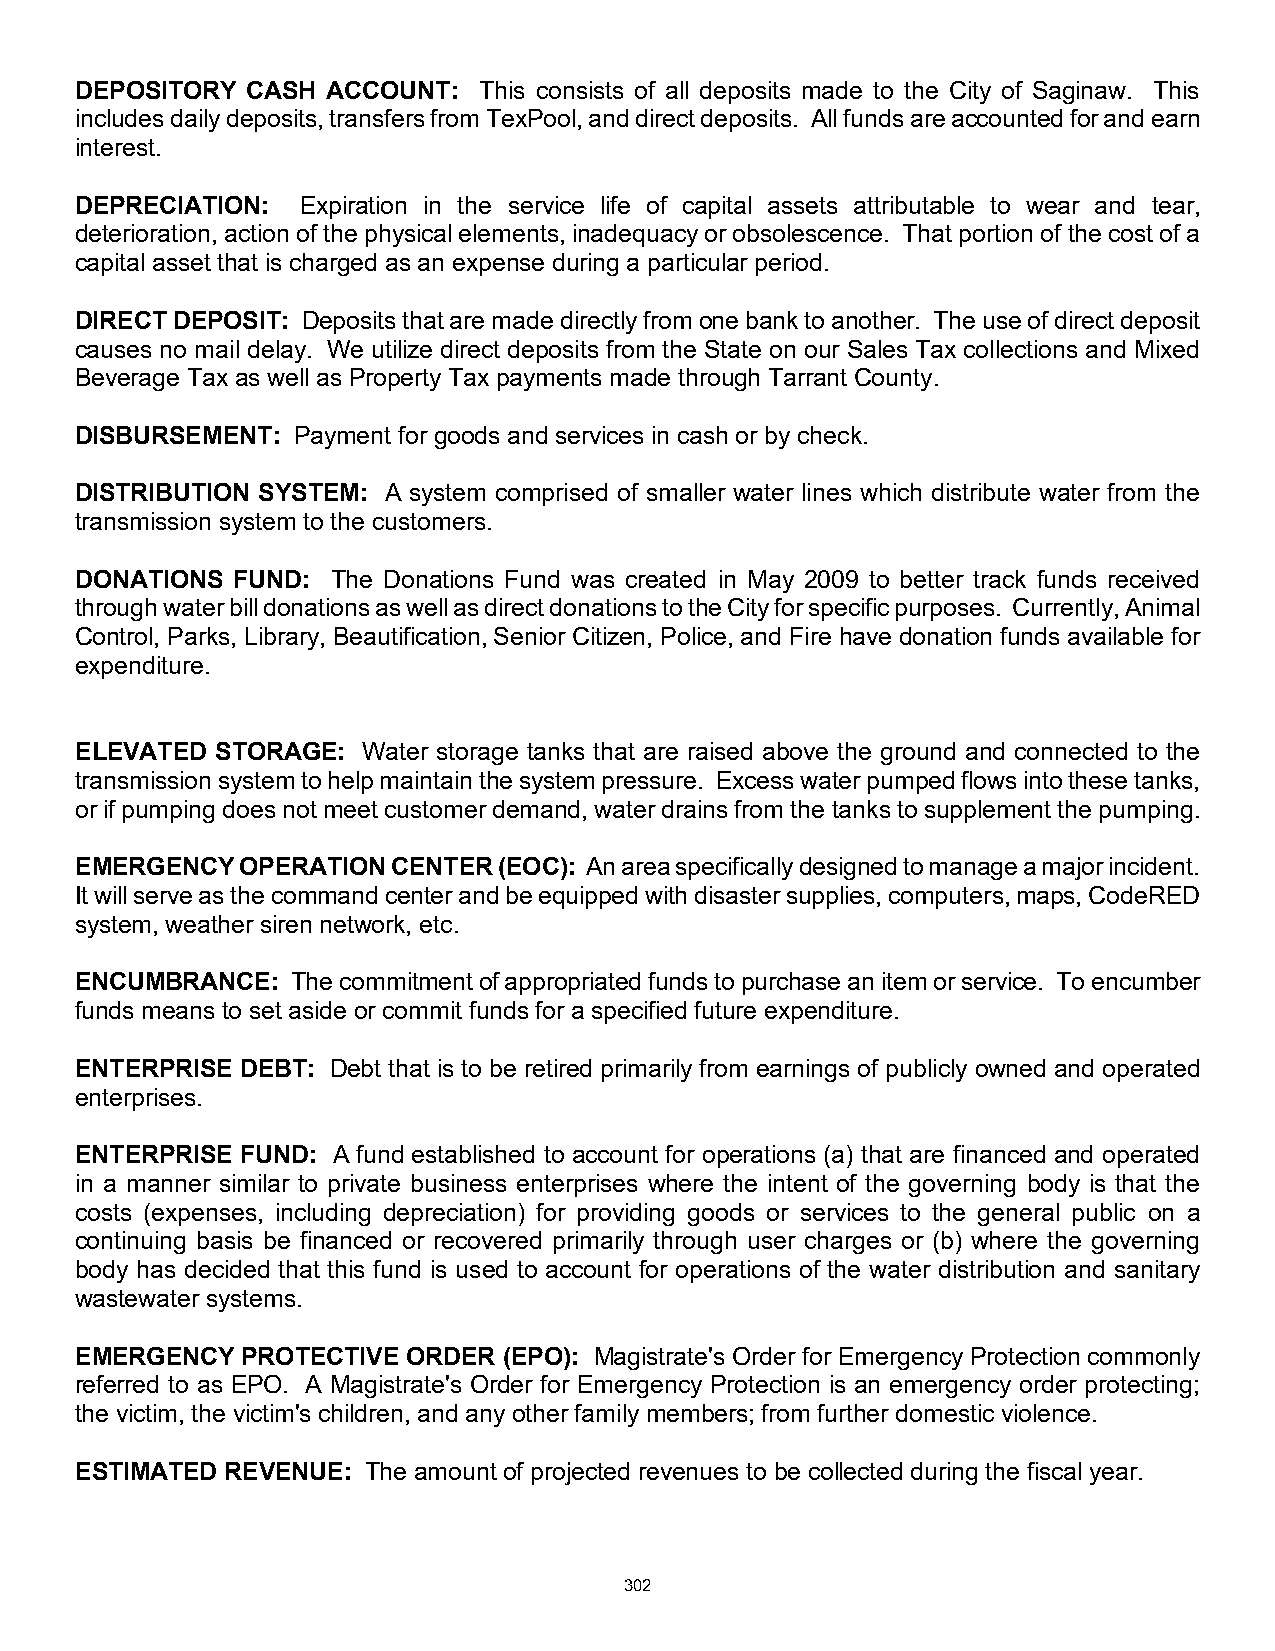
DEPOSITORY CASH  ACCOUNT:  This consists of all deposits made to the City of Saginaw. This
 includes daily deposits, transfers from TexPool, and direct deposits. All funds are accounted for and earn
 interest.
 DEPRECIATION:  Expiration in the service life of capital assets attributable to wear and tear,
 deterioration, action of the physical elements, inadequacy or obsolescence. That portion of the cost of a
 capital asset that is charged as an expense during a particular period.
 DIRECT DEPOSIT: Deposits that are made directly from one bank to another. The use of direct deposit
 causes no mail delay. We utilize direct deposits from the State on our Sales Tax collections and Mixed
 Beverage Tax as well as Property Tax payments made through Tarrant County.
 DISBURSEMENT: Payment for goods and services in cash or by check.
 DISTRIBUTION SYSTEM: A system comprised of smaller water lines which distribute water from the
 transmission system to the customers.
 DONATIONS FUND:  The Donations Fund was created in May 2009 to better track funds received
 through water bill donations as well as direct donations to the City for specific purposes. Currently, Animal
 Control, Parks, Library, Beautification, Senior Citizen, Police, and Fire have donation funds available for
 expenditure.
 ELEVATED STORAGE:  Water storage tanks that are raised above the ground and connected to the
 transmission system to help maintain the system pressure. Excess water pumped flows into these tanks,
 or if pumping does not meet customer demand, water drains from the tanks to supplement the pumping.
 EMERGENCY  OPERATION CENTER (EOC): An area specifically designed to manage a major incident.
 It will serve as the command center and be equipped with disaster supplies, computers, maps, CodeRED
 system, weather siren network, etc.
 ENCUMBRANCE:  The commitment of appropriated funds to purchase an item or service. To encumber
 funds means to set aside or commit funds for a specified future expenditure.
 ENTERPRISE DEBT: Debt that is to be retired primarily from earnings of publicly owned and operated
 enterprises.
 ENTERPRISE FUND: A fund established to account for operations (a) that are financed and operated
 in a manner similar to private business enterprises where the intent of the governing body is that the
 costs (expenses, including depreciation) for providing goods or services to the general public on a
 continuing basis be financed or recovered primarily through user charges or (b) where the governing
 body has decided that this fund is used to account for operations of the water distribution and sanitary
 wastewater systems.
 EMERGENCY  PROTECTIVE ORDER (EPO): Magistrate's Order for Emergency Protection commonly
 referred to as EPO. A Magistrate's Order for Emergency Protection is an emergency order protecting;
 the victim, the victim's children, and any other family members; from further domestic violence.
 ESTIMATED REVENUE: The amount of projected revenues to be collected during the fiscal year.
 302